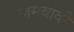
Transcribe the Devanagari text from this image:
जमवावी